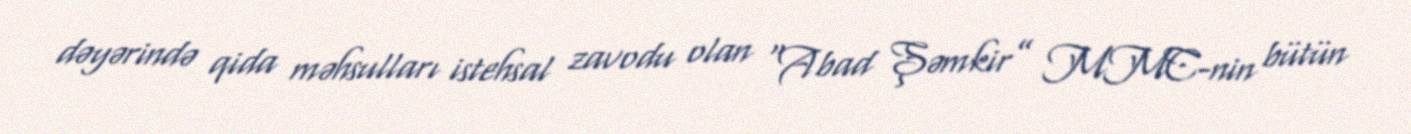
dəyərində qida məhsulları istehsal zavodu olan “Abad Şəmkir” MMC-nin bütün